Vaccination in Bombay 1913-1923 - 1913-1923
Year: 1913
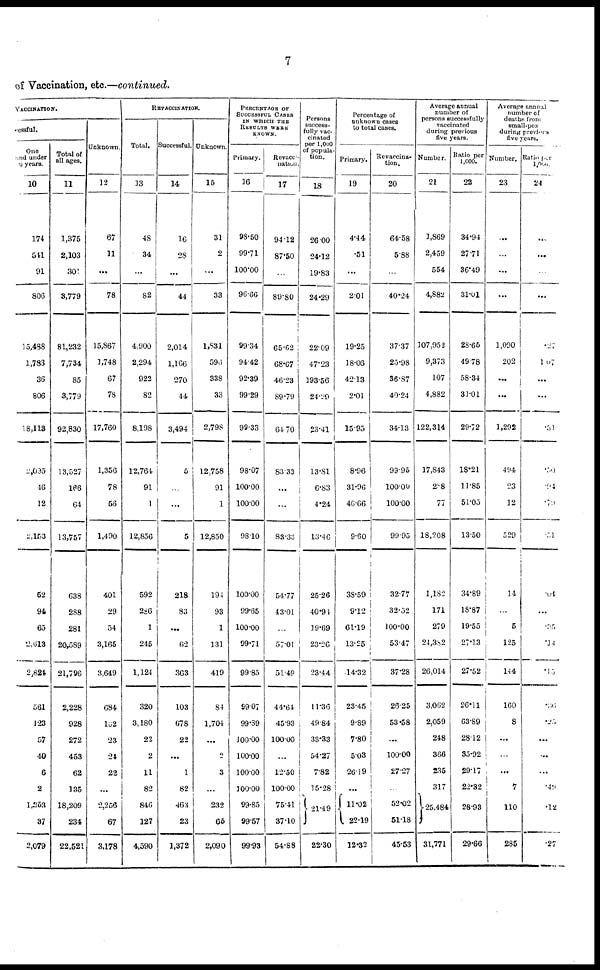
7
of Vaccination, etc.—continued.
VACCINATION.
cessful.
One
and under
6 years.
10
174
541
91
806
15,488
1,783
36
806
18,113
2,095
46
12
2,153
62
91
65
2,613
2,824
561
123
57
40
6
2
1,253
37
2,079
Total of
all ages.
11
1,375
2,103
301
3,779
81,232
7,734
85
3,779
92,830
13,527
166
64
13,757
638
288
281
20,589
21,796
2,228
928
272
453
62
135
18,209
234
22,521
Unknown.
12
67
11
...
78
15,867
1,748
67
78
17,760
1,356
78
56
1,490
401
29
54
3,165
3,649
684
102
23
24
22
...
2,256
67
3,178
REVACCINATION.
Total.
13
48
34
...
82
4,900
2,294
922
82
8,198
12,764
91
1
12,856
592
286
1
245
1,124
320
3,180
22
2
11
82
846
127
4,590
Successful.
14
16
28
...
44
2,014
1,166
270
44
3,494
5
...
...
5
218
83
...
62
363
103
678
22
...
1
82
463
23
1,372
Unknown.
15
31
2
...
33
1,831
596
338
33
2,798
12,758
91
1
12,850
194
93
1
131
419
84
1,704
...
2
3
...
232
65
2,090
PERCENTAGE OF
SUCCESSFUL CASES
IN WHICH THE
RESULTS WERE
KNOWN.
Primary.
16
98.50
99.71
100.00
96.66
99.34
94.42
92.39
99.29
99.33
98.07
100.00
100.00
98.10
100.00
99.65
100.00
99.71
99.85
99.07
99.39
100.00
100.00
100.00
100.00
99.85
99.57
99.93
Revacc¬
nation.
17
94.12
87.50
...
89.80
65.62
68.67
46.23
89.79
64.70
83.33
...
...
83.33
54.77
43.01
...
57.01
51.49
44.64
45.93
100.00
...
12.50
100.00
75.41
37.10
54.88
Persons
success-
fully vac-
cinated
per 1,000
of popula-
tion.
18
26.00
24.12
19.83
24.29
22.09
47.23
193.56
24.29
23.41
13.81
6.83
4.24
13.46
25.26
40.94
19.69
23.26
23.44
11.36
4984
33.33
54.27
7.82
15.28
21.49
22.30
Percentage of
unknown cases
to total cases.
Primary.
19
4.44
.51
...
2.01
19.25
18.06
42.13
2.01
15.95
8.96
31.96
46.66
9.60
38.59
9.12
61.19
13.25
14.32
23.45
9.89
7.80
503
26.19
...
11.02
22.19
12.32
Revaccina¬
tion.
20
64.58
5.88
...
40.24
37.37
25.98
36.87
40.24
34.13
99.96
100.00
100.00
99.95
32.77
32.52
100.00
53.47
37.28
26.25
53.58
...
100.00
27.27
52.02
51.18
45.53
Average annual
number of
persons successfully
vaccinated
during previous
five years.
Number.
21
1,869
2,459
554
4,882
107,952
9,373
107
4,882
122,314
17,843
288
77
18,208
1,182
171
279
24,382
26,014
3,062
2,059
248
366
235
317
25,484
31,771
Ratio per
1,000.
22
34.94
27.71
36.49
31.01
28.65
49.78
58.34
31.01
29.72
18.21
11.85
51.05
13.50
34.89
18.87
19.55
27.13
27.52
26.11
63.89
28.12
35.92
29.17
22.32
28.93
29.66
Average annual
number of
deaths from
small-pox
during previous
five years.
Number.
23
...
...
...
...
1,000
202
...
...
1,292
494
23
12
529
14
...
5
125
144
160
8
...
...
...
7
110
285
Ratio per
l,000.
24
...
...
...
...
.27
1.07
...
...
.51
.50
.94
.79
.51
.04
...
.35
.14
.15
.36
. 2 5
...
...
...
.49
.12
.27